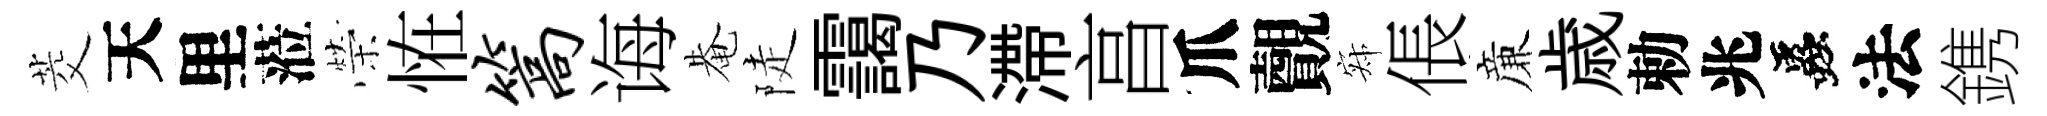
茭天里蒞榮恠篙诲𤲅陡靄乃滯亯爪覿寂倀亷歳勅兆蟲法鎸